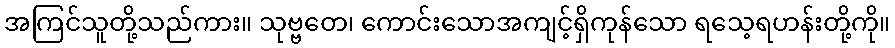
အကြင်သူတို့သည်ကား။ သုဗ္ဗတေ၊ ကောင်းသောအကျင့်ရှိကုန်သော ရသေ့ရဟန်းတို့ကို။